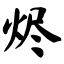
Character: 烬